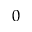
0